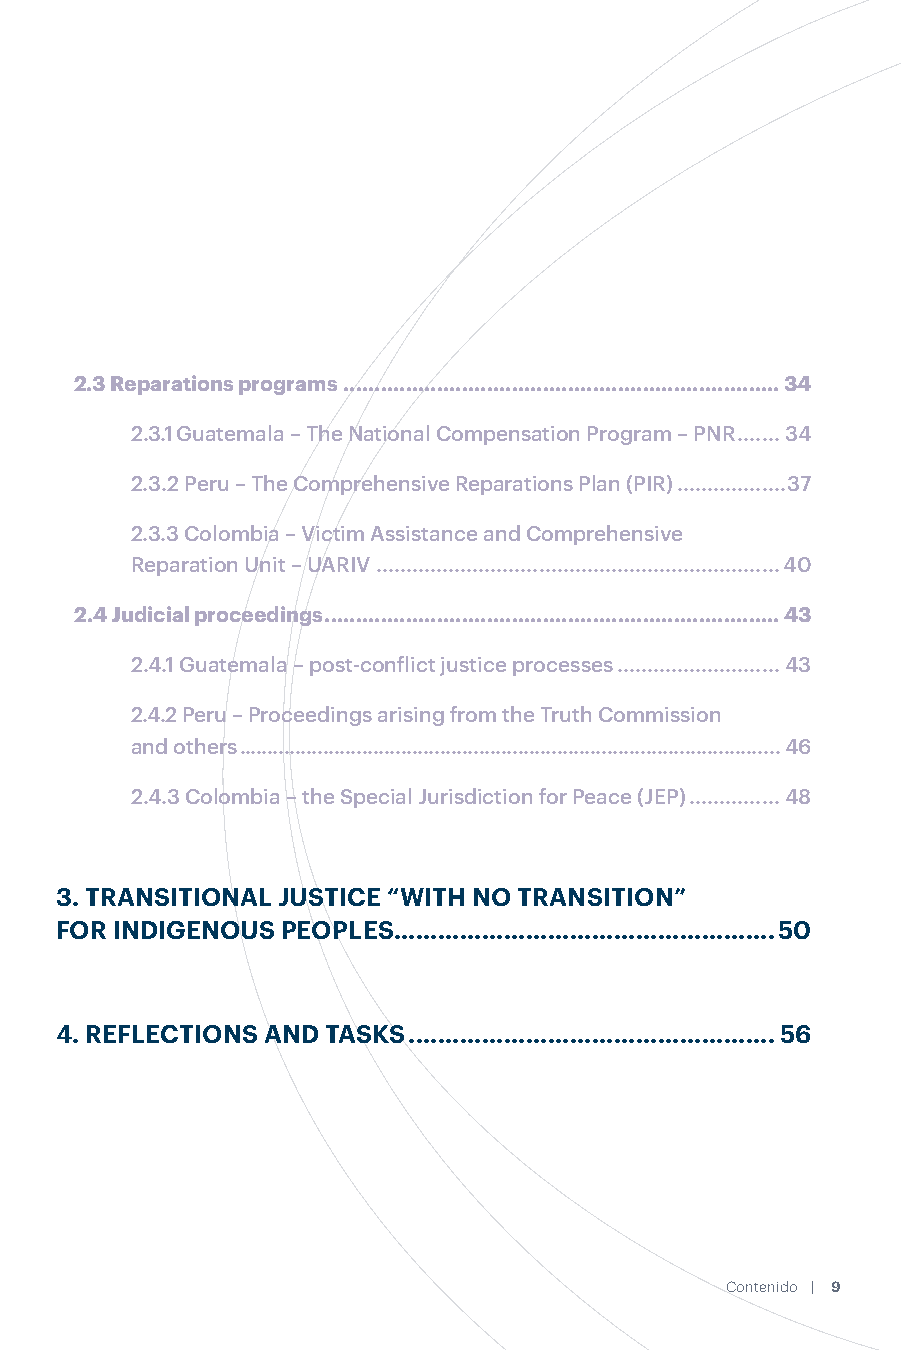
TABLE OF
 CONTENTS
 2.3 Reparations programs ......................................................................34
 2.3.1 Guatemala – The National Compensation Program – PNR .......34
 1. TRANSITIONAL JUSTICE AND INDIGENOUS PERSPECTIVES
 2.3.2 Peru – The Comprehensive Reparations Plan (PIR) ..................37
 ...................................................................................................10
 2.3.3 Colombia – Victim Assistance and Comprehensive
 2. TRANSITIONAL JUSTICE AND INDIGENOUS PEOPLES IN
 Reparation Unit – UARIV ...................................................................40
 GUATEMALA, PERU, AND COLOMBIA .....................................18
 2.4 Judicial proceedings .........................................................................43
 2.1 Truth commissions ..............................................................................21
 2.4.1 Guatemala – post-conflict justice processes ...........................43
 2.1.1 Guatemala – Commission for Historical Clarification (CEH) .....21
 2.4.2 Peru – Proceedings arising from the Truth Commission
 2.1.2 Peru – Truth and Reconciliation Commission (CVR) .................23 and others .................................................................................................46
 2.1.3 Colombia – Truth Commission (CEV) .........................................26 2.4.3 Colombia – the Special Jurisdiction for Peace (JEP) ...............48
 2.2 Searching for disappeared persons ...................................................27
 2.2.1 Guatemala – Absence of a specific mechanism for the search 3. TRANSITIONAL JUSTICE “WITH NO TRANSITION”
 of the disappeared and community activism ....................................27 FOR INDIGENOUS PEOPLES....................................................50
 2.2.2 Peru – Leading role of the Public Prosecution Service and creation
 of the Office of the Search for Disappeared Persons (DGBPD) ........30
 4. REFLECTIONS AND TASKS ..................................................56
 2.2.3 Colombia – Disappeared Persons Search Unit (UBPD)............33
 8 | Transitional Justice and Indigenous Peoples in Latin America Contenido | 9